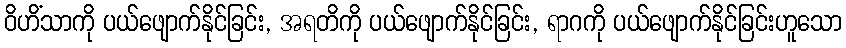
ဝိဟိံသာကို ပယ်ဖျောက်နိုင်ခြင်း, အရတိကို ပယ်ဖျောက်နိုင်ခြင်း, ရာဂကို ပယ်ဖျောက်နိုင်ခြင်းဟူသော